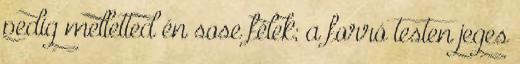
pedig melletted én sose félek; a forró testen jeges